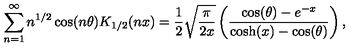
\sum _ { n = 1 } ^ { \infty } n ^ { 1 / 2 } \cos ( n \theta ) K _ { 1 / 2 } ( n x ) = \frac { 1 } { 2 } \sqrt { \frac { \pi } { 2 x } } \left( \frac { \cos ( \theta ) - e ^ { - x } } { \cosh ( x ) - \cos ( \theta ) } \right) , \nonumber